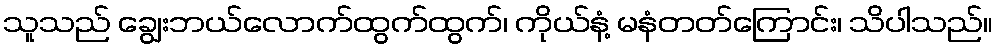
သူသည် ချွေးဘယ်လောက်ထွက်ထွက်၊ ကိုယ်နံ့ မနံတတ်ကြောင်း၊ သိပါသည်။